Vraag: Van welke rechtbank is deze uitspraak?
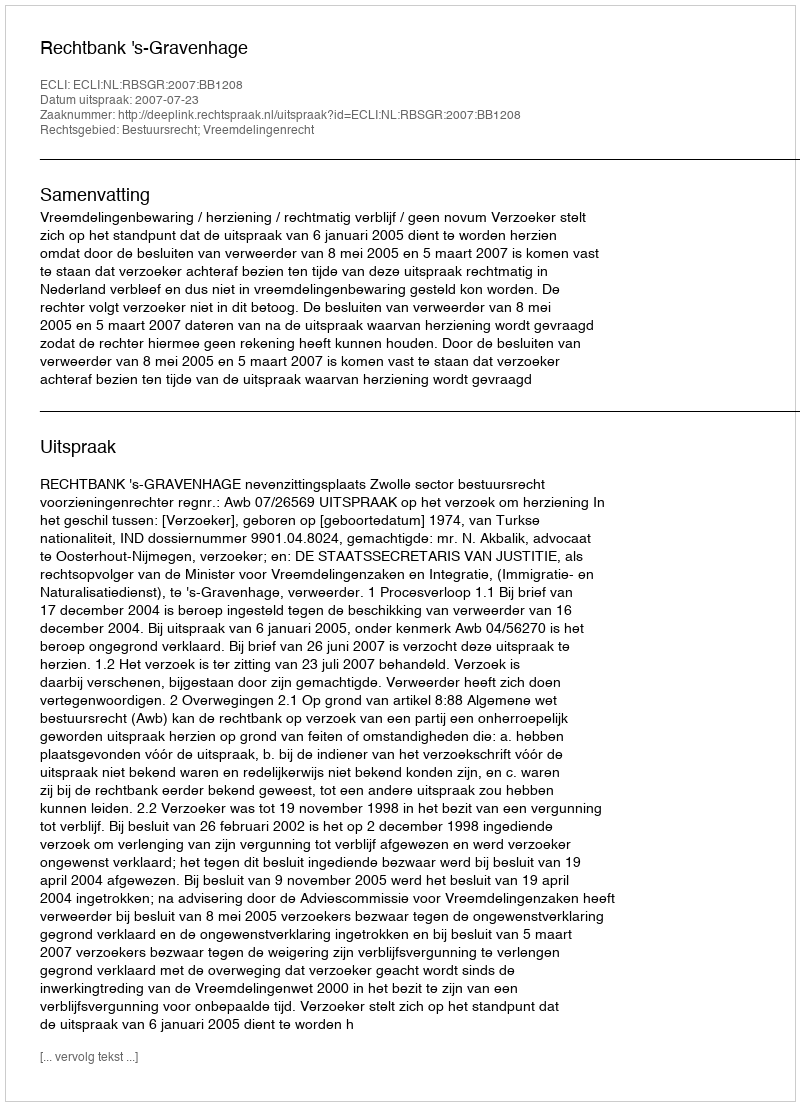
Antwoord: Rechtbank 's-Gravenhage